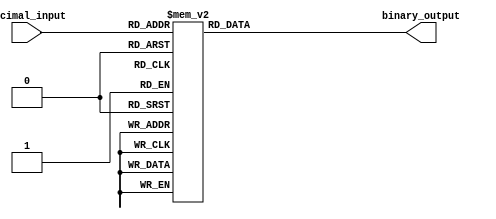
module decimal_to_binary_encoder (
    input [3:0] decimal_input, // 4-bit input representing decimal digit 0-9
    output reg [3:0] binary_output // 4-bit binary output
);

always @(*) begin
    case (decimal_input)
        4'b0000: binary_output = 4'b0000; // Decimal 0
        4'b0001: binary_output = 4'b0001; // Decimal 1
        4'b0010: binary_output = 4'b0010; // Decimal 2
        4'b0011: binary_output = 4'b0011; // Decimal 3
        4'b0100: binary_output = 4'b0100; // Decimal 4
        4'b0101: binary_output = 4'b0101; // Decimal 5
        4'b0110: binary_output = 4'b0110; // Decimal 6
        4'b0111: binary_output = 4'b0111; // Decimal 7
        4'b1000: binary_output = 4'b1000; // Decimal 8
        4'b1001: binary_output = 4'b1001; // Decimal 9
        default: binary_output = 4'b0000;  // Invalid input (10 to 15), output 0000
    endcase
end

endmodule